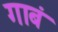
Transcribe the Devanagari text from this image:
गाबं